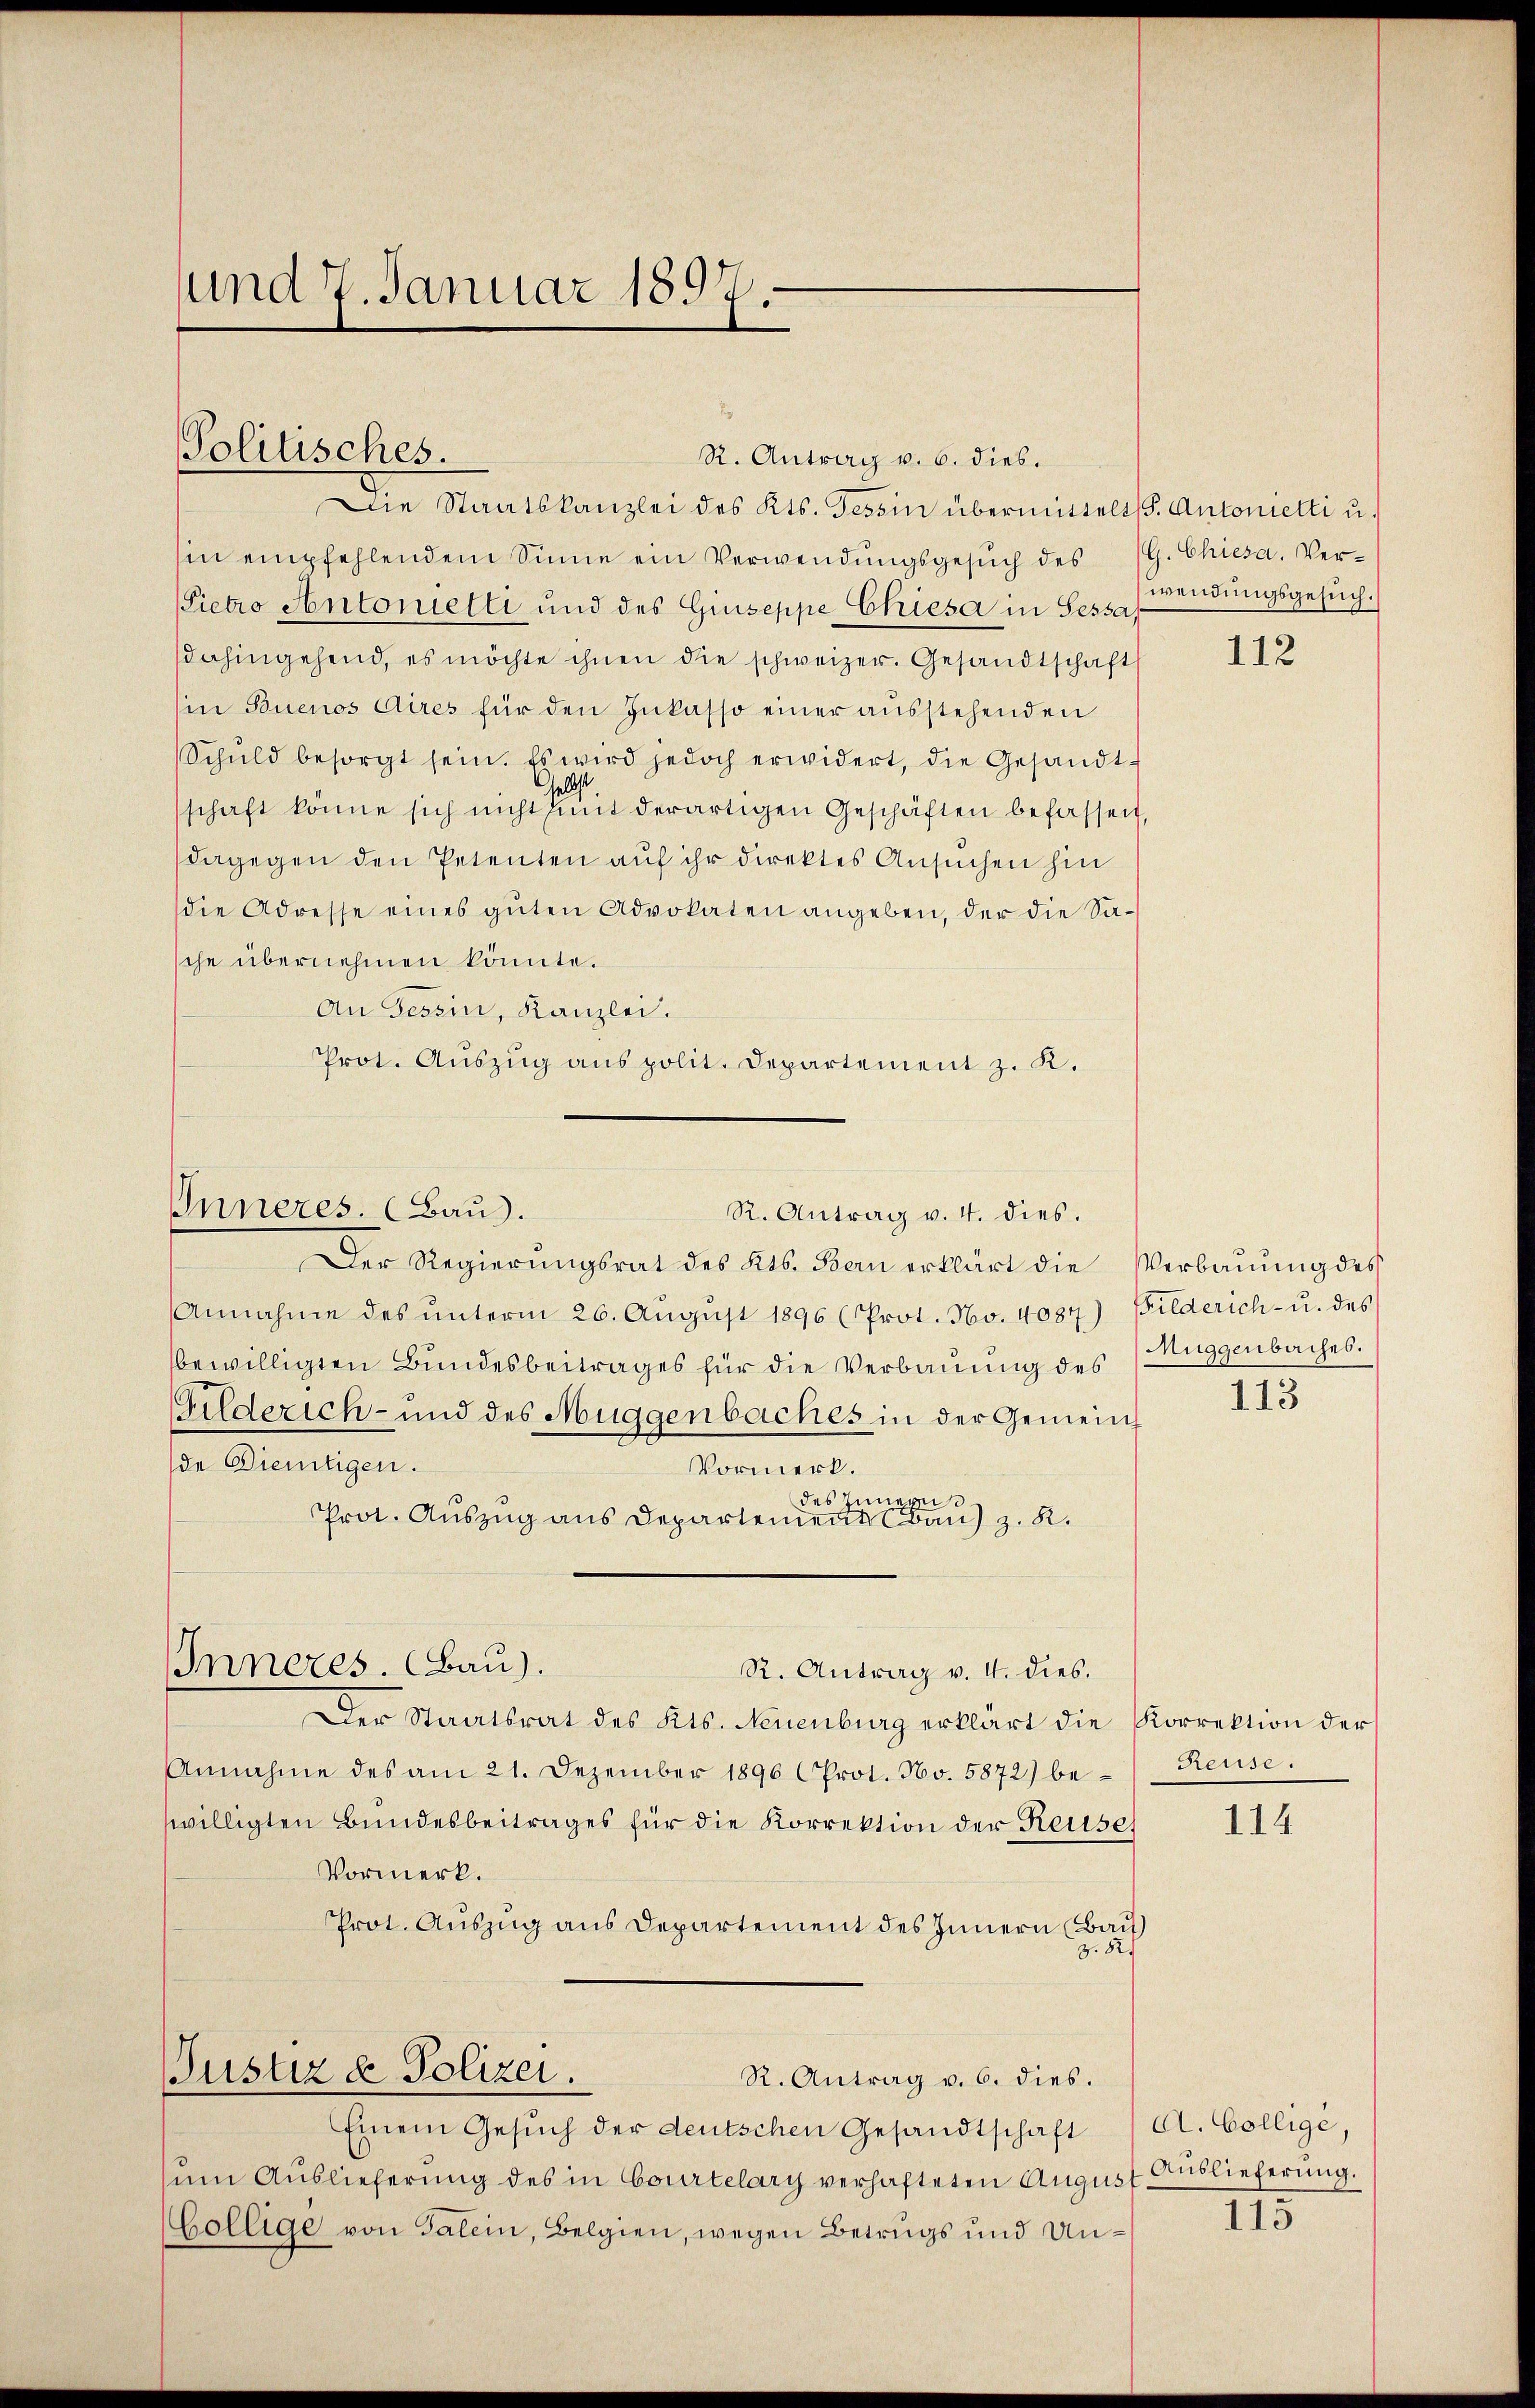
und 7. Januar 1897.

Politisches.

Inneres. (Baus.

Die Staatskanzlei des Kts. Tessin übermittelt S. Antonietti u.
hin empfehlendem Sinne ein Verwendŭngsgesŭch des (G. Chiesa. Ver¬
Pietro Antonielti und des Giuseppe Chiesa in Sessa,
dahingehend, es möchte ihnen die schweizer. Gesandtschaft
in Buenos Aires für den Inkasso einer ausstehenden
Schŭld besorgt sein. Es wird jedoch erwidert, die Gesandt-
ells
schaft könne sich nicht mit derartigen Geschäften befassen,
dagegen den Petenten auf ihr direktes Ansuchen hin
die Adresse eines guten Advokaten angeben, der die Sasche übernehmen könnte.
An Tessin, Kanzlei.
Prot. Auszug aus polit. Departement z. K.
Der Regierungsrat des Kts. Bern erklärt die Verbauung des
Annahme des ŭnterm 26. Aŭgŭst 1896 (Prot. No. 4087) Bilderich- u. des
bewilligten Bundesbeitrages für die Verbauung des (Auggenbaches.
Gilderich- und des Muggenbaches in der Gemeinde Dientigen.
Vormerk.
des Innereis
Prot. Auszug aus Departement Bau) z. K.
Inneres. (Bau).
R. Antrag v. I. dies.
Der Staatsrat des Kts. Neuenburg erklärt die Korrektion der
Annahme des am 21. Dezember 1896 (Prot. No. 5872) bewilligten Bundesbeitrages für die Korrektion der Reises
Vormerk.
Prot. Auszug aus Departement des Innern (Bau
z. 82.
Justiz & Polizei.
R. Antrag v. 6. dies.
Einem Gesŭch der deutschen Gesandtschaft 1 Ct. Collige,
um Auslieferung des in Courtelary verhafteten August Auslieferung.
Cöllige von Salein, Belgien, wegen Betrugs und Un¬

R. Antrag v. 4. dies.

Antrag v. 6. dies.

wendungsgesuch.

112

113

Reuse.

114

115